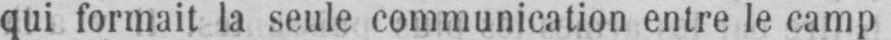
qui formait la seule communication entre le camp